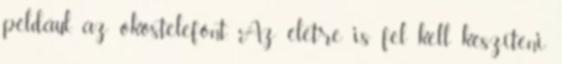
például, az okostelefont. Az életre is fel kell készíteni